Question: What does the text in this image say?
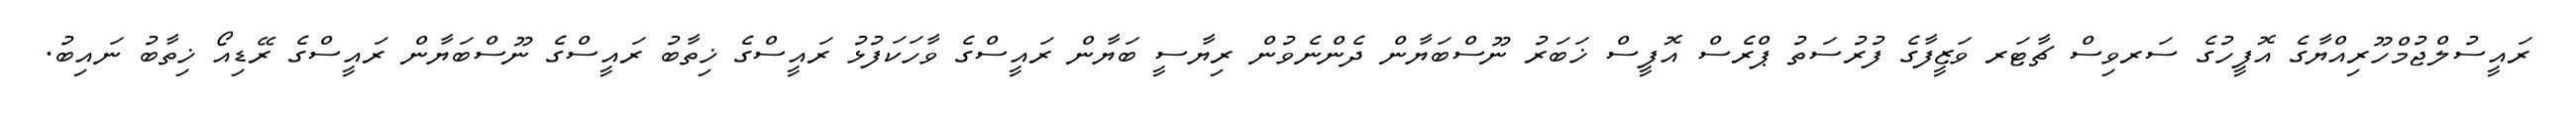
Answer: ރައީސުލްޖުމްހޫރިއްޔާގެ އޮފީހުގެ ސަރވިސް ޗާޓަރ ވަޒީފާގެ ފުރުސަތު ޕްރެސް އޮފީސް ޚަބަރު ނޫސްބަޔާން ދެންނެވުން ރިޔާސީ ބަޔާން ރައީސްގެ ވާހަކަފުޅު ރައީސްގެ ޚިތާބު ރައީސްގެ ނޫސްބަޔާން ރައީސްގެ ރޭޑިއޯ ޚިތާބު ނައިބު.